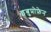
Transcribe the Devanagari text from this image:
इबुप्रोफ़ेन